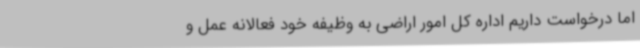
اما درخواست داریم اداره کل امور اراضی به وظیفه خود فعالانه عمل و